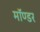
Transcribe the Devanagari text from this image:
मॉण्डर